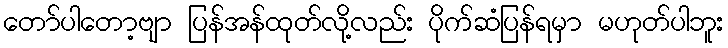
တော်ပါတော့ဗျာ ပြန်အန်ထုတ်လို့လည်း ပိုက်ဆံပြန်ရမှာ မဟုတ်ပါဘူး